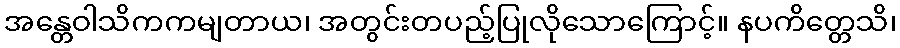
အန္တေဝါသိကကမျတာယ၊ အတွင်းတပည့်ပြုလိုသောကြောင့်။ နပကိတ္တေသိ၊